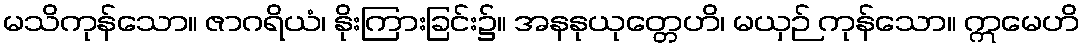
မသိကုန်သော။ ဇာဂရိယံ၊ နိုးကြားခြင်း၌။ အနနုယုတ္တေဟိ၊ မယှဉ် ကုန်သော။ ဣမေဟိ